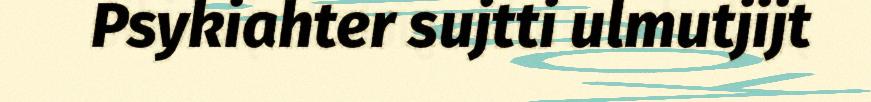
Psykiahter sujtti ulmutjijt